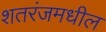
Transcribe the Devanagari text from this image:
शतरंजमधील